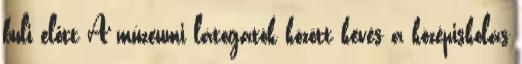
buli előtt A múzeumi látogatók között kevés a középiskolás